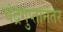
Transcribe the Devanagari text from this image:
चंद्रगुप्तानंतर